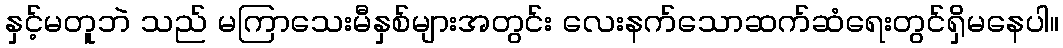
နှင့်မတူဘဲ သည် မကြာသေးမီနှစ်များအတွင်း လေးနက်သောဆက်ဆံရေးတွင်ရှိမနေပါ။